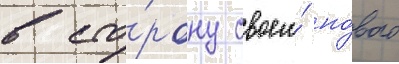
в сто́рону своего́ но́вого